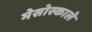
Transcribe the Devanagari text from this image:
मेसोस्काले